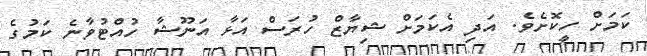
ކަމަށް ހީކޮށެވެ. އަދި އެކަމަށް ޝިޔާޒް ހުރަސް އަޅާ އަނޫޝާ ހުއްޓުވާނެ ކަމުގެ